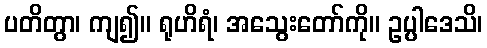
ပတိတွာ၊ ကျ၍။ ရုဟိရံ၊ အသွေးတော်ကို။ ဥပ္ပါဒေသိ၊